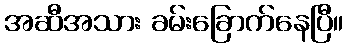
အဆီအသား ခမ်းခြောက်နေပြီ။